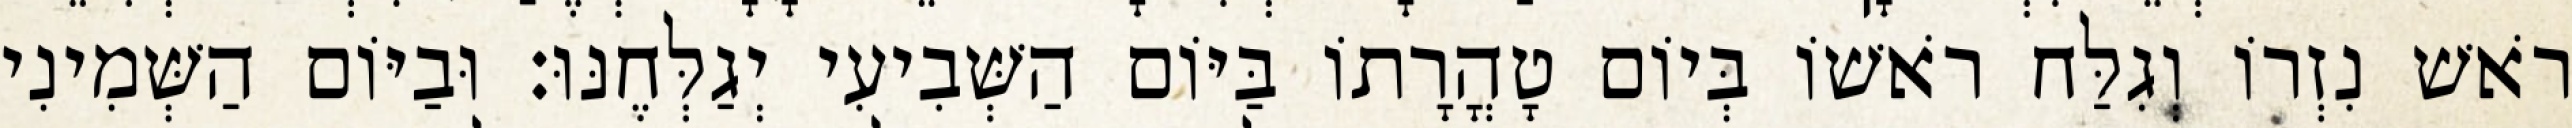
רֹאשׁ נִזְרוֹ וְגִלַּח רֹאשׁוֹ בְּיוֹם טָהֳרָתוֹ בַּיּוֹם הַשְּׁבִיעִי יְגַלְּחֶנּוּ׃ וּבַיּוֹם הַשְּׁמִינִי